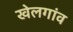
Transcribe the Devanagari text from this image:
खेलगांव